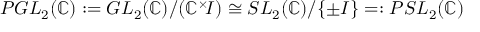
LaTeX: P G L _ { 2 } ( \mathbb { C } ) : = G L _ { 2 } ( \mathbb { C } ) / ( \mathbb { C } ^ { \times } \! I ) \cong S L _ { 2 } ( \mathbb { C } ) / \{ \pm I \} = : P S L _ { 2 } ( \mathbb { C } )